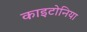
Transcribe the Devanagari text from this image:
काइटोनिया